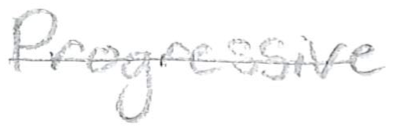
Text: Progressive
Cross-out: single-line
Writing tool: pencil